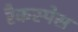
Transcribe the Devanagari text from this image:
रैकस्पेस